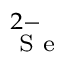
^ { 2 - } _ { \textrm { S e } }